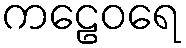
ကဠေဝရေ